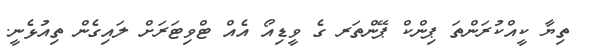
ތިޔާ ކީއްކުރަންތަ ޕިންކް ޕޭންތަރ ގެ ވީޑިއޯ އެއް ޓްވިޓަރަށް ލައިގެން ތިއުޅެނީ.